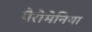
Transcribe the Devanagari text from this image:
पैरोमेनिया